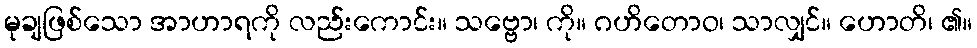
မုချဖြစ်သော အာဟာရကို လည်းကောင်း။ သဗ္ဗော၊ ကို။ ဂဟိတောဝ၊ သာလျှင်။ ဟောတိ၊ ၏။